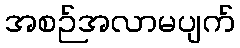
အစဉ်အလာမပျက်